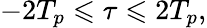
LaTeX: -2T_{p}\leqslant\tau\leqslant 2T_{p},